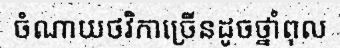
ចំណាយថវិកាច្រើនដូចថ្នាំពុល